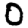
Digit: 0